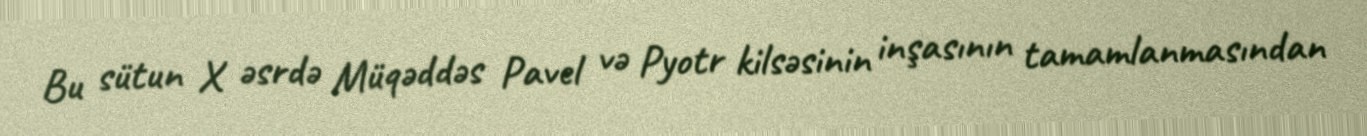
Bu sütun X əsrdə Müqəddəs Pavel və Pyotr kilsəsinin inşasının tamamlanmasından